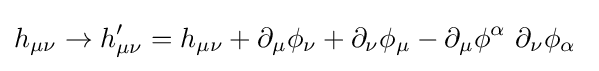
h_{\mu \nu }\to h'_{\mu \nu }=h_{\mu \nu }+\partial _{\mu }\phi _{\nu }+\partial _{\nu }\phi _{\mu }-\partial _{\mu }\phi ^{\alpha }\ \partial _{\nu }\phi _{\alpha }\